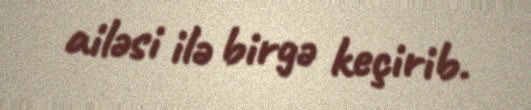
ailəsi ilə birgə keçirib.